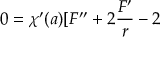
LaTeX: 0 = \chi ^ { \prime } ( a ) [ F ^ { \prime \prime } + 2 \frac { F ^ { \prime } } r - 2